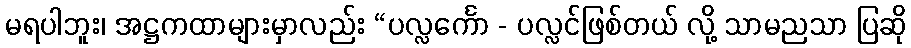
မရပါဘူး၊ အဋ္ဌကထာများမှာလည်း “ပလ္လင်္ကော - ပလ္လင်ဖြစ်တယ် လို့ သာမညသာ ပြဆို